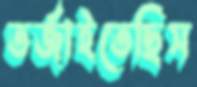
তর্জাইতেছিস